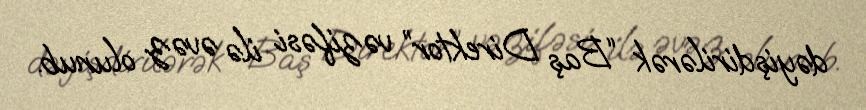
dəyişdirilərək “Baş Direktor” vəzifəsi ilə əvəz olunub.